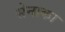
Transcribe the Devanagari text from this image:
सेनाका